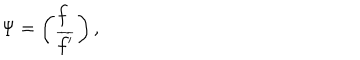
\Psi = \left( \begin{array} { l } { { f } } \\ { { \overline { { { f ^ { \prime } } } } } } \\ \end{array} \right) ,